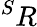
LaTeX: ^SR